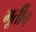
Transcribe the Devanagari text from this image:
मूर्तीच